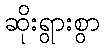
ဆိုးရွားစွာ